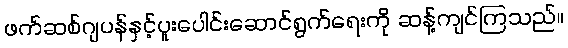
ဖက်ဆစ်ဂျပန်နှင့်ပူးပေါင်းဆောင်ရွက်ရေးကို ဆန့်ကျင်ကြသည်။